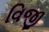
વિજી